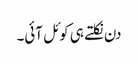
دن نکلتے ہی کوئل آئی۔